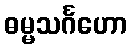
ဓမ္မသင်္ဂဟော